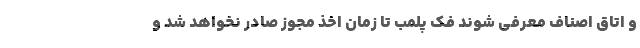
و اتاق اصناف معرفی شوند فک پلمب تا زمان اخذ مجوز صادر نخواهد شد و